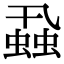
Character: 蝨